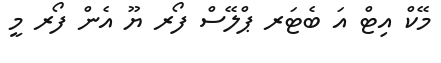
މޭކް އިޓް އަ ބެޓަރ ޕްލޭސް ފޯރ ޔޫ އެން ފޯރ މީ